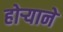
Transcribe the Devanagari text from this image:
होऱ्याने